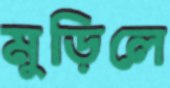
মুড়িলে